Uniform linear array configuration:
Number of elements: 32
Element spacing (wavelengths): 0.5
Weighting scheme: blackman
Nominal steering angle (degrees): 60
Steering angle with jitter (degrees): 60.188
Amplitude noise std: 0.05
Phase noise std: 0.05

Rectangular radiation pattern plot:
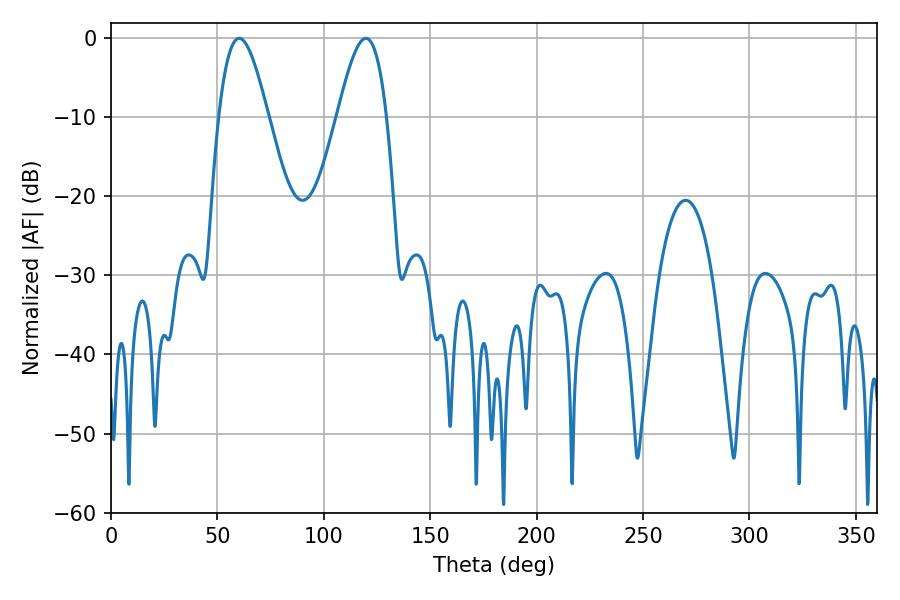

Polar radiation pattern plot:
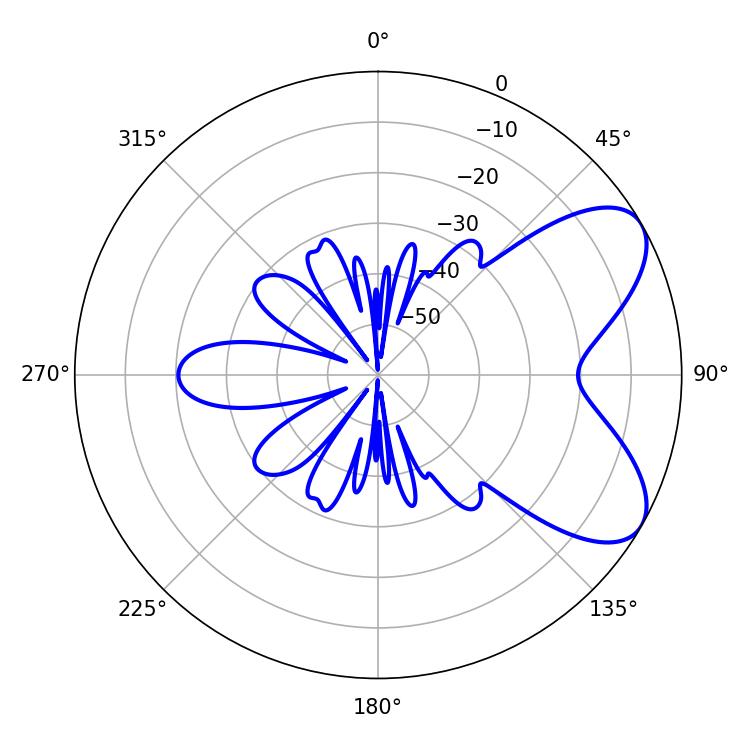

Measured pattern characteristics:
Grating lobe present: FALSE
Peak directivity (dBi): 6.791
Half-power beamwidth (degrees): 12.6
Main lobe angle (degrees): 60.3